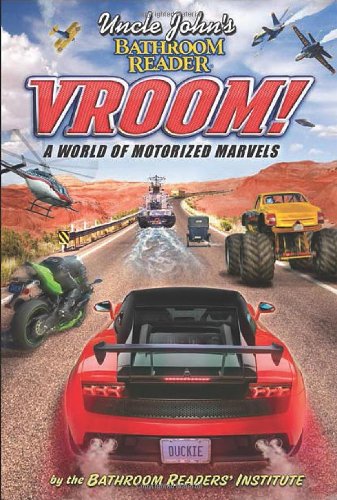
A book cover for Uncle John's Bathroom Reader Vroom!; Bathroom Readers' Institute; Humor & Entertainment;